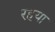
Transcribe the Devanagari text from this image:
रहया